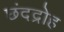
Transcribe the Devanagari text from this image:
छंदद्रोह